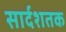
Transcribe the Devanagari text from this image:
सार्दशतक